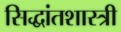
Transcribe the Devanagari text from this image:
सिद्धांतशास्त्री